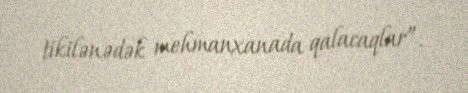
tikilənədək mehmanxanada qalacaqlar”.